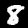
Label: 8